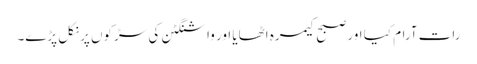
رات آرام کیا اور صبح کیمرہ اٹھایا اور واشنگٹن کی سڑکوں پر نکل پڑے۔